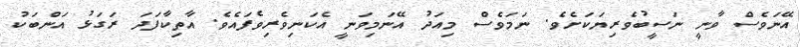
އޭނަވެސް ވާނީ ނަސީބުވެރިޔަކަށެވެ. ނަމަވެސް މިއަދު އޭނަމިވަނީ އެކަނިވެރިވެފައެވެ. އާތިކާފަދަ ރަގަޅު އަންބަކު